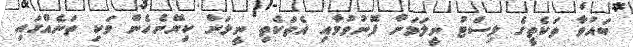
ބައުވާ ތަކެތީގެ ލިސްޓު ނީލަމަށް ފޮނުވުމާއި އެތަކެތި ނީލަން ކިޔޭނެހެން ވަކި ތަނެއްގައި